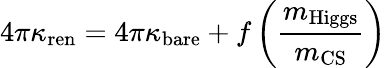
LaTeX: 4\pi\kappa_{\mathrm{ren}}=4\pi\kappa_{\mathrm{bare}}+f\left({\frac{m_{\mathrm{Higgs}}}{m_{\mathrm{CS}}}}\right)